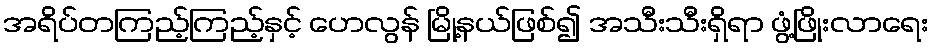
အရိပ်တကြည့်ကြည့်နှင့် ဟေလွန် မြို့နယ်ဖြစ်၍ အသီးသီးရှိရာ ဖွံ့ဖြိုးလာရေး